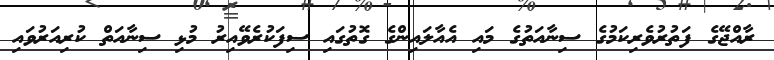
ރާއްޖޭގެ ފަތުރުވެރިކަމުގެ ސިނާއަތުގެ މައި އެއާލައިންގެ ގޮތުގައި ސިފަކުރެވޭއިރު މުޅި ސިނާއަތް ކުރިއަރުވައި